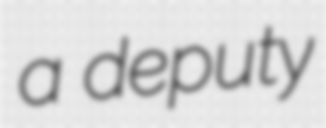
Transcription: a deputy